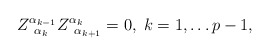
\begin{align*}Z_{\;\;\alpha _k}^{\alpha _{k-1}}Z_{\;\;\alpha _{k+1}}^{\alpha_k}=0,\;k=1,\ldots p-1,\end{align*}